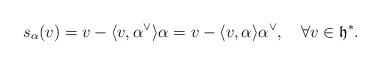
LaTeX: \begin{align*} s_{\alpha}(v) = v-\langle v,\alpha^\vee\rangle\alpha = v-\langle v,\alpha\rangle\alpha^\vee,\quad\forall v\in\mathfrak{h}^*.\end{align*}